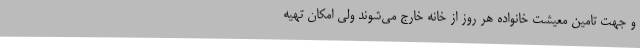
و جهت تامین معیشت خانواده هر روز از خانه خارج می‌شوند ولی امکان تهیه